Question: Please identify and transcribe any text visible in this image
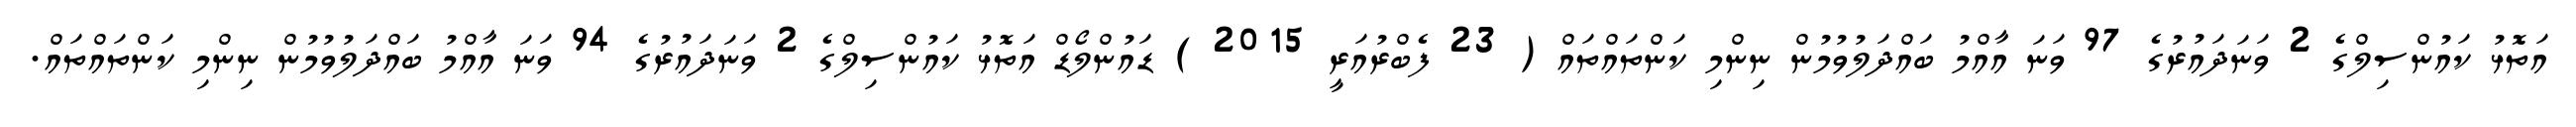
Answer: އަތޮޅު ކައުންސިލްގެ 2 ވަނަދައުރުގެ 97 ވަނަ އާއްމު ބައްދަލުވުމުން ނިންމި ކަންތައްތައް ( 23 ފެބްރުއަރީ 2015 ) ޑައުންލޯޑް އަތޮޅު ކައުންސިލްގެ 2 ވަނަދައުރުގެ 94 ވަނަ އާއްމު ބައްދަލުވުމުން ނިންމި ކަންތައްތައް.